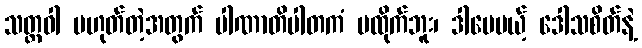
သတ္တဝါ မဟုတ်တဲ့အတွက် ပါဏာတိပါတကံ မထိုက်ဘူး၊ ဒါပေမယ့် ဒေါသစိတ်နဲ့